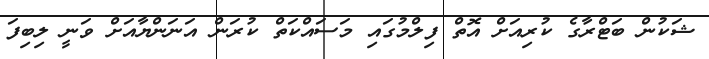
ޝަކުން ބަޓްރާގެ ކުރިއަށް އޮތް ފިލްމުގައި މަސައްކަތް ކުރަން އަނަންޔާއަށް ވަނީ ލިބިފަ